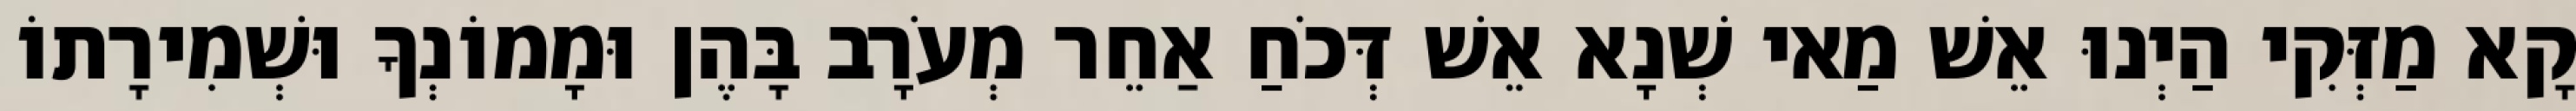
קָא מַזְּקִי הַיְנוּ אֵשׁ מַאי שְׁנָא אֵשׁ דְּכֹחַ אַחֵר מְעֹרָב בָּהֶן וּמָמוֹנְךָ וּשְׁמִירָתוֹ